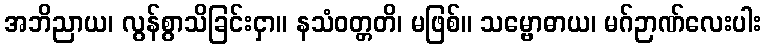
အဘိညာယ၊ လွန်စွာသိခြင်းငှာ။ နသံဝတ္တတိ၊ မဖြစ်။ သမ္ဗောဓာယ၊ မဂ်ဉာဏ်လေးပါး